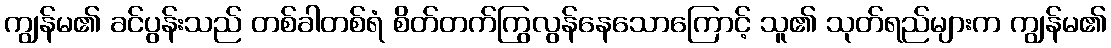
ကျွန်မ၏ ခင်ပွန်းသည် တစ်ခါတစ်ရံ စိတ်တက်ကြွလွန်နေသောကြောင့် သူ၏ သုတ်ရည်များက ကျွန်မ၏